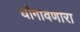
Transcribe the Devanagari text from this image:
घोंगावणारा